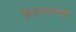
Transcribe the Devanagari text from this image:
शिवनारायणी